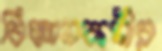
বিজ্ঞানকর্মীর